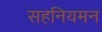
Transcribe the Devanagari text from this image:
सहनियमन